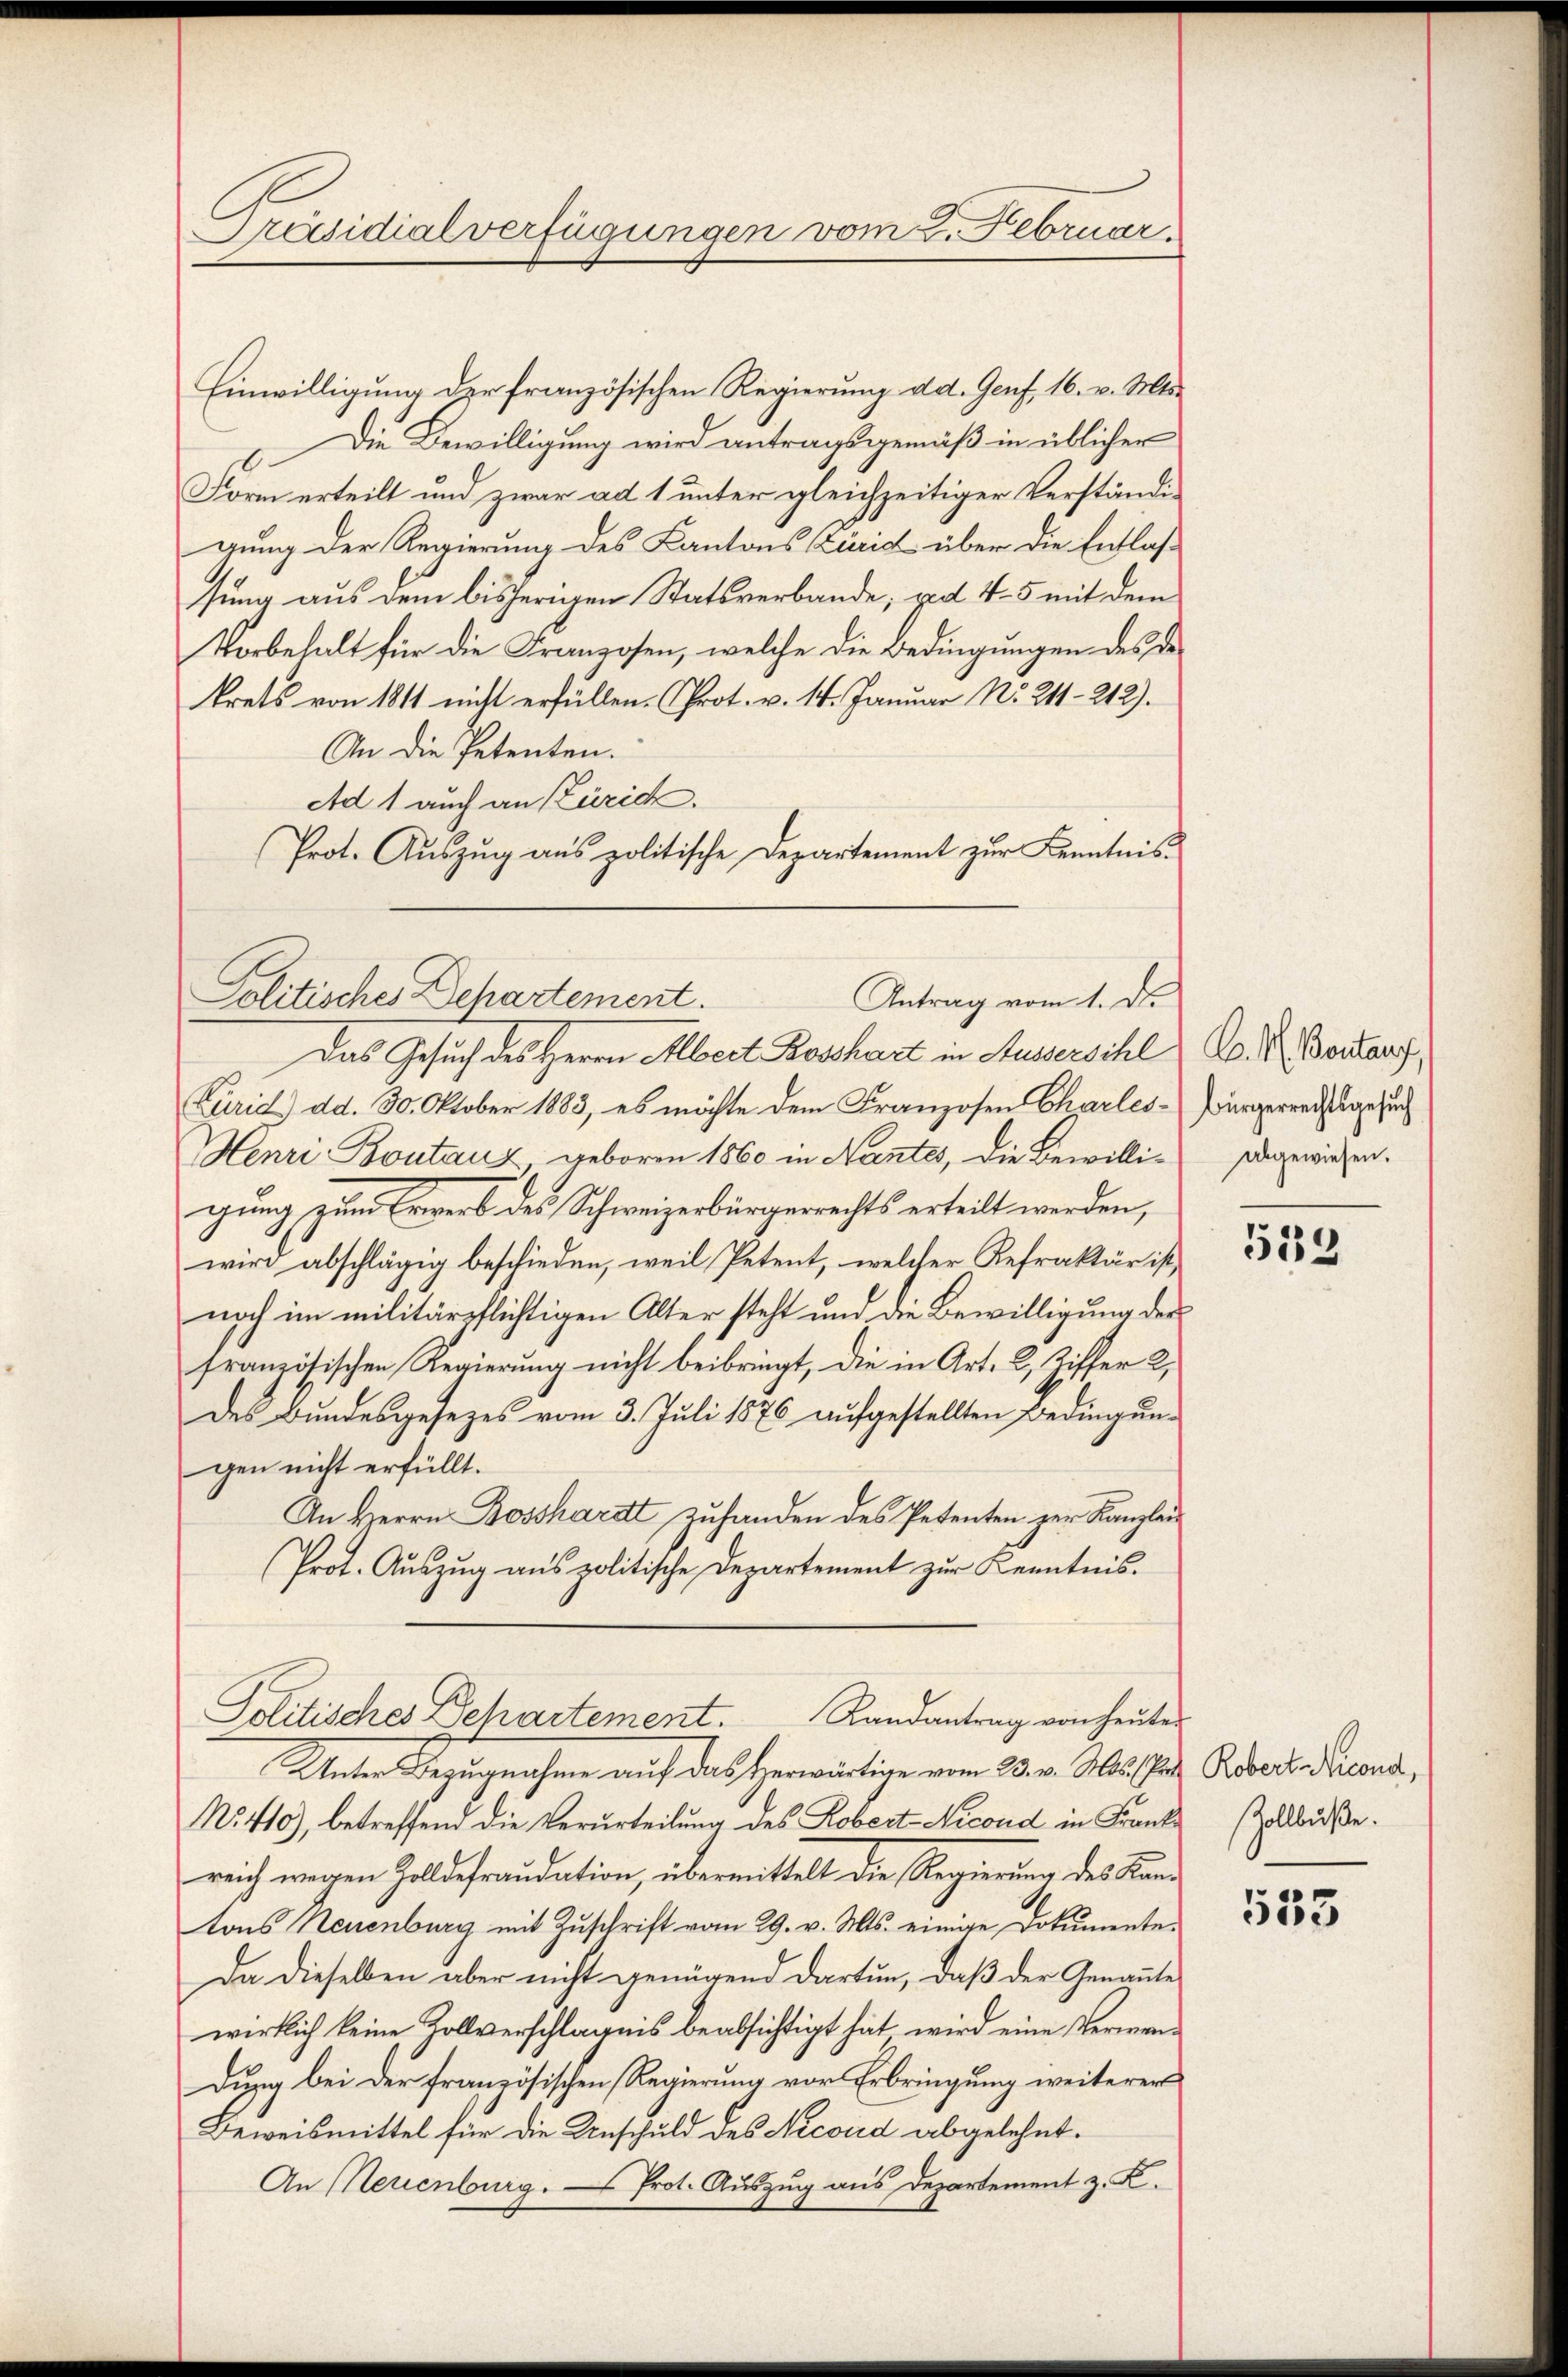
Präsidialverfügungen vom 2. Februar

Einwilligung der französischen Regierung ad. Genf, 16. v. Mts.
Die Bewilligung wird antragsgemäß in üblicher
Form erteilt und zwar ad 1 unter gleichzeitiger Verständigung der Regierung des Kantons Curid über die Entlassung aus dem bisherigen Statsverbande, ad 4-5 mit dem
Vorbehalt für die Franzosen, welche die Bedingungen des de
krets von 1811 nicht erfüllen. Prot. v. 14. Januar No. 211 - 212).
An die Petenten.
Ad 1 auch an Zürich.
Prot. Auszug aus politische Departement zur Kenntnis-
Fürid) dd. 30. Oktober 1883, es möchte dem Franzosen Charles-
Henri Bontanz geboren 1860 in Nantes, die Bewilli-
gung zum Erwerb des Schweizerbürgerrechts erteilt werden,
wir abschlägig beschieden, weil Petent, welcher Refraktär ist,
noch im militärpflichtigen Alter steht und die Bewilligung der
französischen Regierung nicht beibringt, die in Art. 2, Ziffer 2,
des Bundesgesezes vom 3. Juli 1876 aufgestellten Bedingungen nicht erfüllt.
An Herrn Bosshardt zuhanden des Petenten zur Kanzlei¬
Prot. Auszug aus politische Departement zur Kenntnis.
Politisches Departement. Randantrag von heŭte
Unter Bezugnahme auf das herwärtige vom 28. v. Js. her
No. 410), betreffend die Verurteilung des Robert Nicond in Frank
reich wegen Zolldefraudation, übermittelt die Regierung des Kantons Neuenburg mit Zuschrift vom 29. v. Mts. einige Dokumente.
Da dieselben aber nicht genügend dartun, daß der Genannte
wirklich keine Zollverschlägnis beabsichtigt hat, wird eine Vermendung bei der französischen Regierung vor Erbringung weiterer
Beweismittel für die Unschuld des Necond abgelehnt.
An Neuenburg. — Prot. Auszug aus Departement z. K.

Politisches Behartement.
Antrag vom 1. De
Das Gesuch des Herrn Albert Bosshart in Aussersihl

C. H. Bontany,
Bürgerrechtsgesuch
abgewiesen.

533

Robert Nicond,
Zollbuße.

533